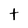
Character: t